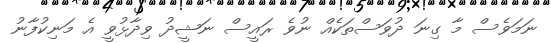
ނަމަވެސް މާ ގިނަ ދުވަސްތަކެއް ނުވެ ރައީސް ނަޝީދު ވިދާޅުވީ އެ މަނިކުފާނު